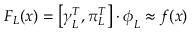
F _ { L } ( \boldsymbol { x } ) = \left[ \boldsymbol { \gamma } _ { L } ^ { T } , \boldsymbol { \pi } _ { L } ^ { T } \right] \cdot \boldsymbol { \phi } _ { L } \approx f ( \boldsymbol { x } )